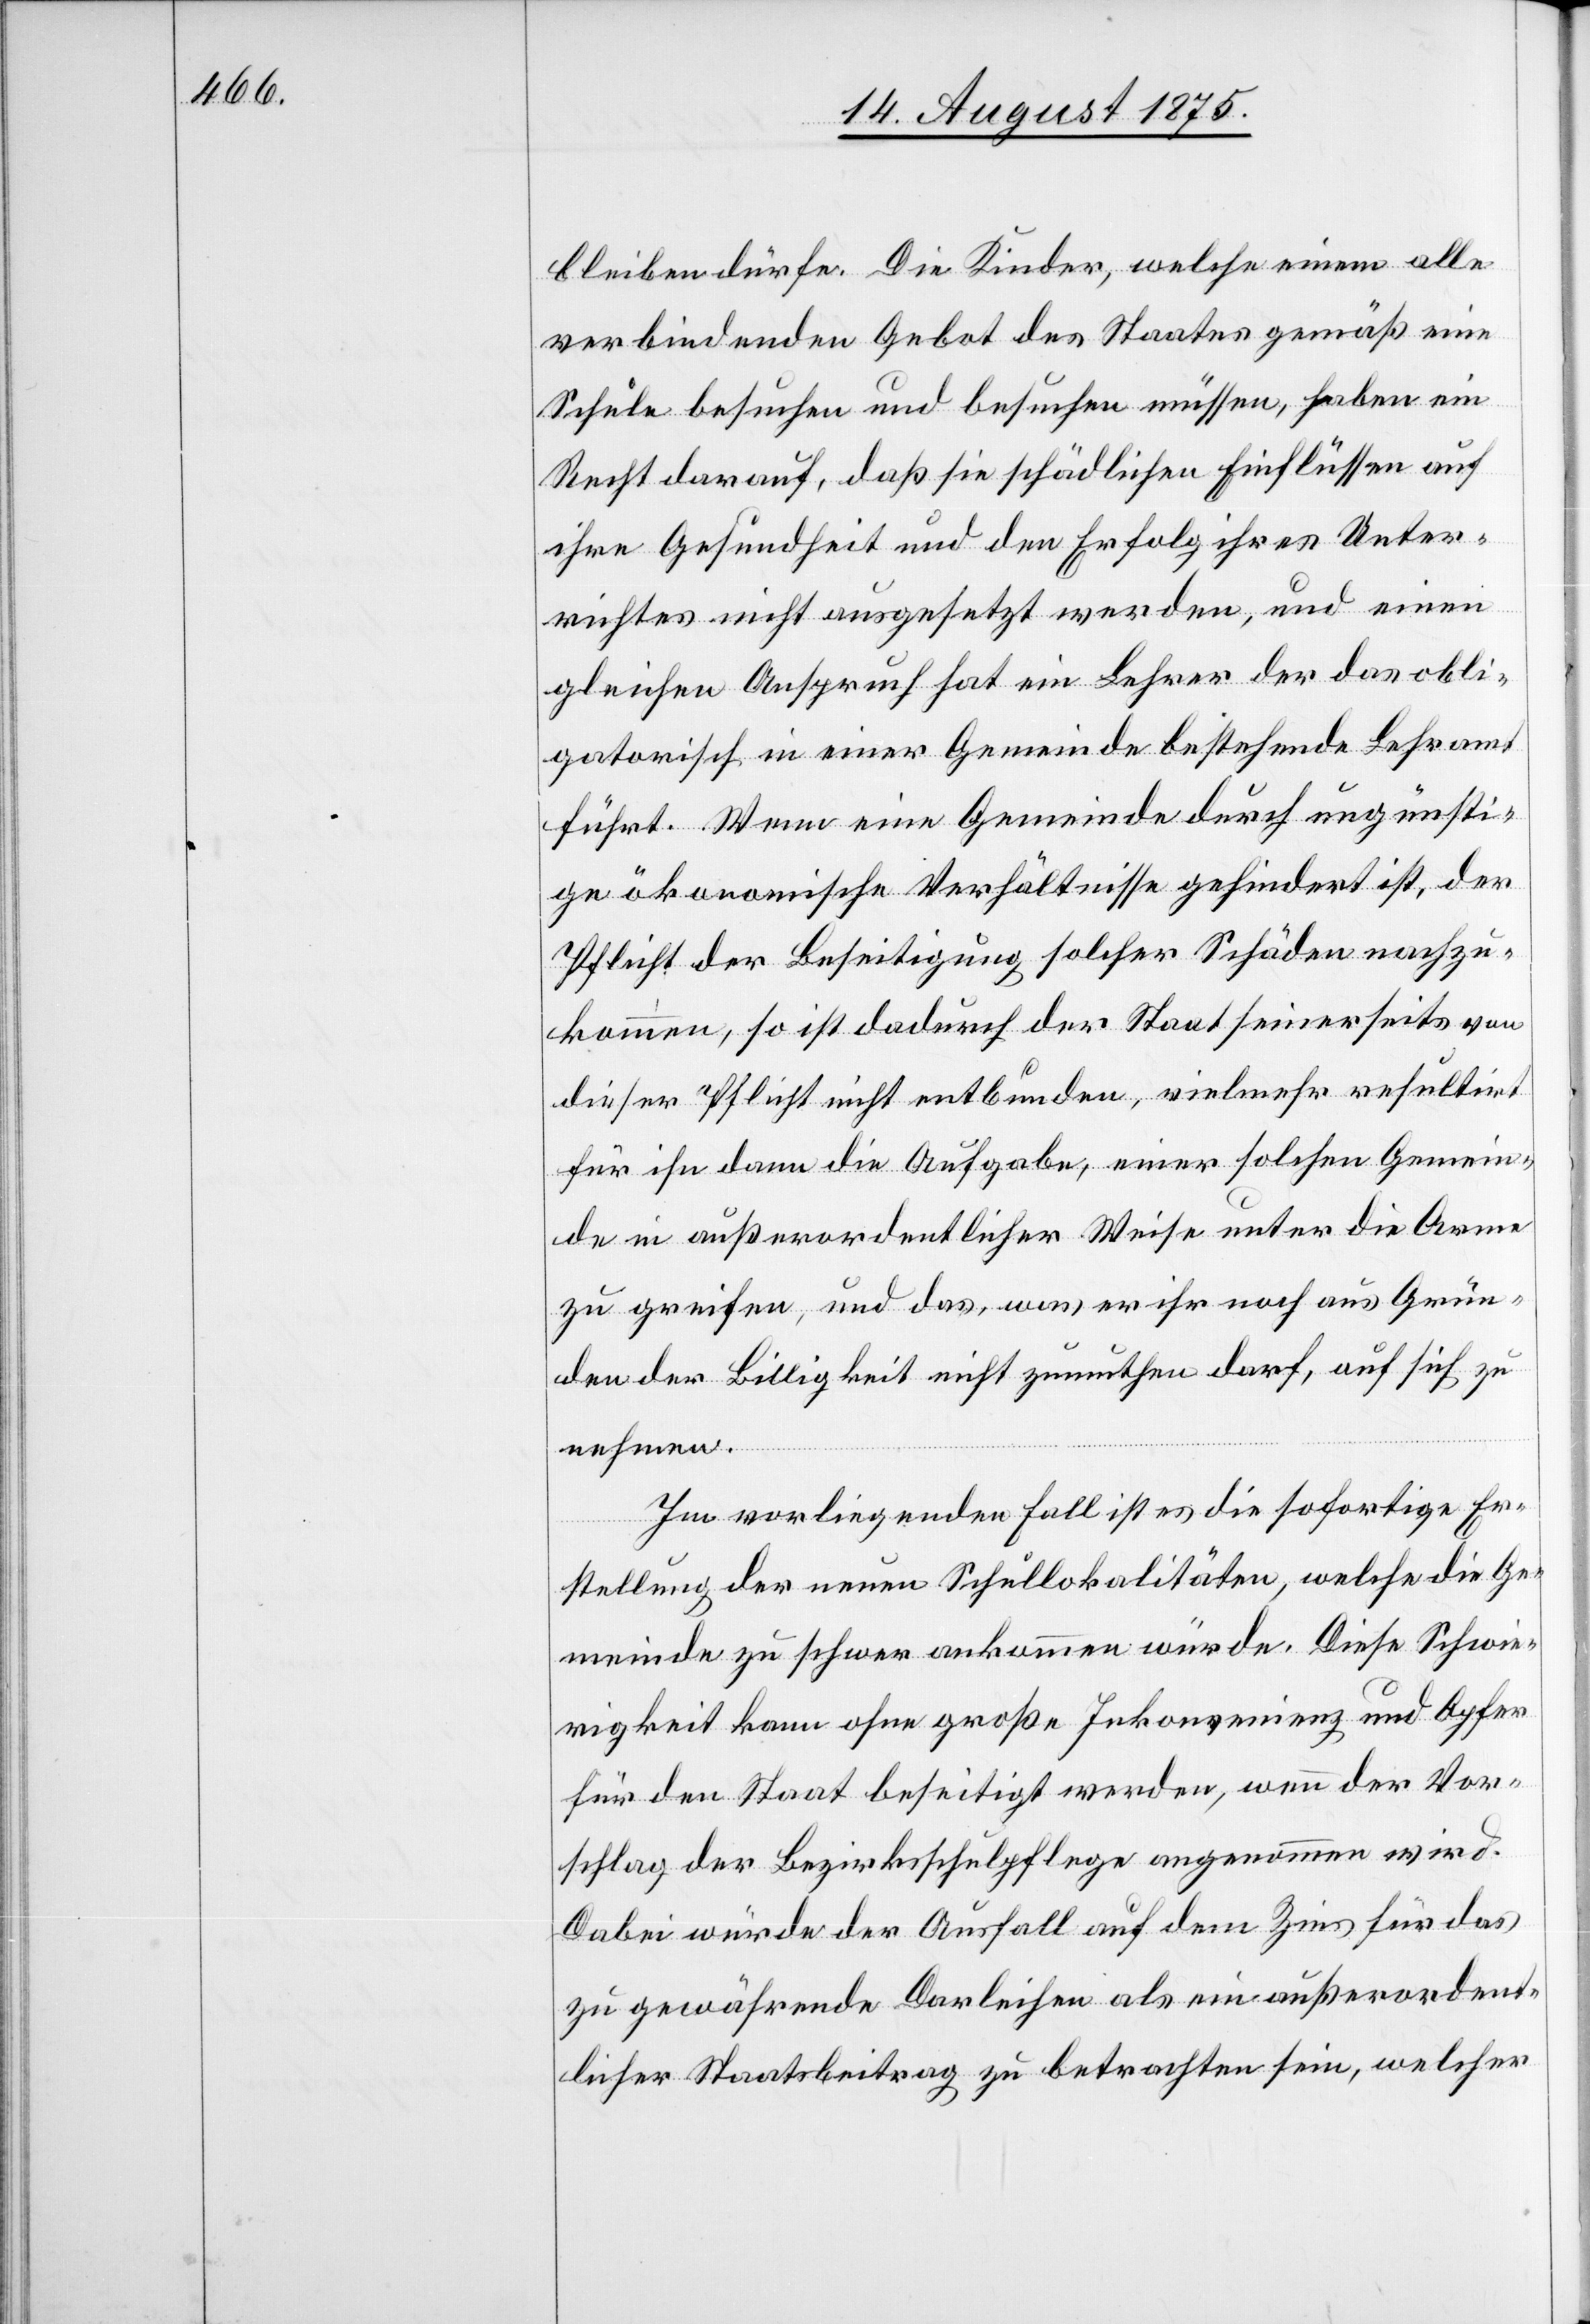
bleiben dürfe. Die Kinder, welche einem alle
verbindenden Gebot des Staates gemäß eine
Schule besuchen und besuchen müssen, haben ein
Recht darauf, daß sie schädlichen Einflüssen auf
ihre Gesundheit und den Erfolg ihres Unter¬
richtes nicht ausgesetzt werden, und einen
gleichen Anspruch hat ein Lehrer[,] der das obli¬
gatorisch in einer Gemeinde bestehende Lehramt
führt. Wenn eine Gemeinde durch ungünsti¬
ge ökonomische Verhältnisse gehindert ist, der
Pflicht der Beseitigung solcher Schäden nachzu¬
kommen, so ist dadurch der Staat seinerseits von
dieser Pflicht nicht entbunden, vielmehr resultirt
für ihn dann die Aufgabe, einer solchen Gemein¬
de in außerordentlicher Weise unter die Arme
zu greifen, und das, was er ihr noch aus Grün¬
den der Billigkeit nicht zumuthen darf, auf sich zu
nehmen.
Im vorliegenden Fall ist es die sofortige Er¬
stellung der neuen Schullokalitäten, welche die Ge¬
meinde zu schwer ankommen würde. Diese Schwie¬
rigkeit kann ohne große Inkonvenienz und Opfer
für den Staat beseitigt werden, wenn der Vor¬
schlag der Bezirksschulpflege angenommen wird.
Dabei würde der Ausfall auf dem Zins für das
zu gewährende Darleihen als ein außerordent¬
licher Staatsbeitrag zu betrachten sein, welcher